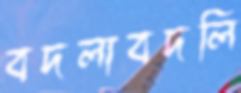
বদলাবদলি